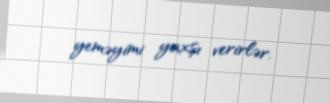
yeməyimi yaxşı verirlər.